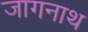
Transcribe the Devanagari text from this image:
जागनाथ